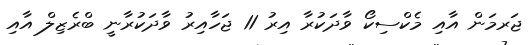
ޖަރމަން އާއި މެކްސިކޯ ވާދަކުރާ އިރު 11 ޖަހާއިރު ވާދަކުރާނީ ބްރެޒިލް އާއި